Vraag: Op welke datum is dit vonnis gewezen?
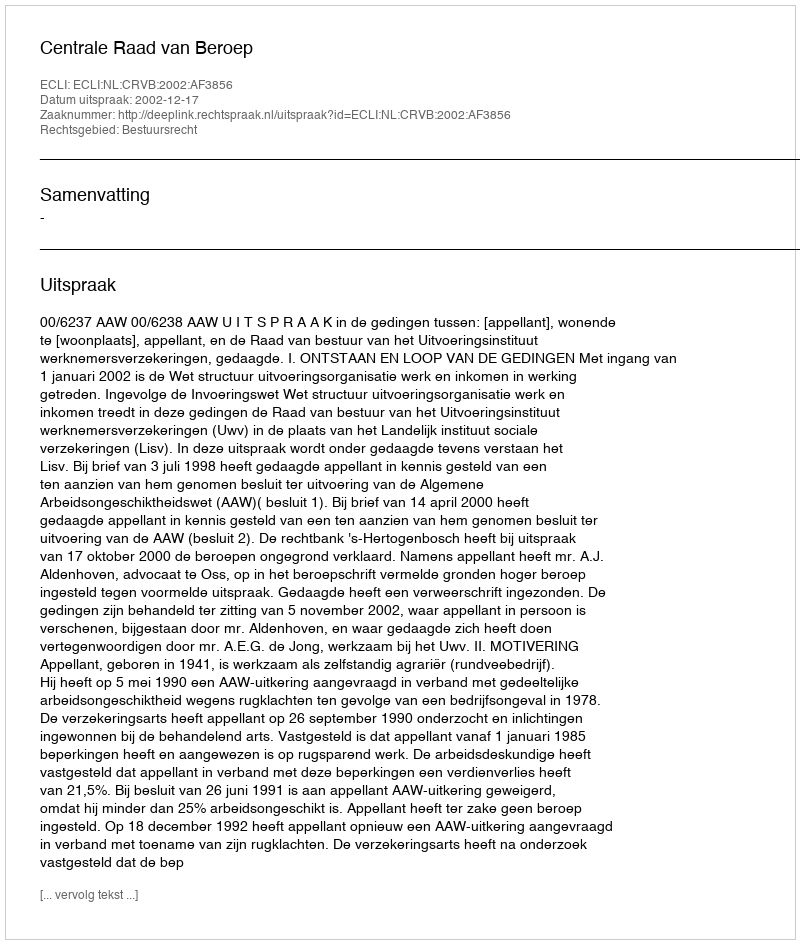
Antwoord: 2002-12-17